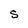
Character: S